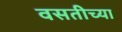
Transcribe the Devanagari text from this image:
वसतीच्या